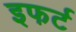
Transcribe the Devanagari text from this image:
इफर्ट